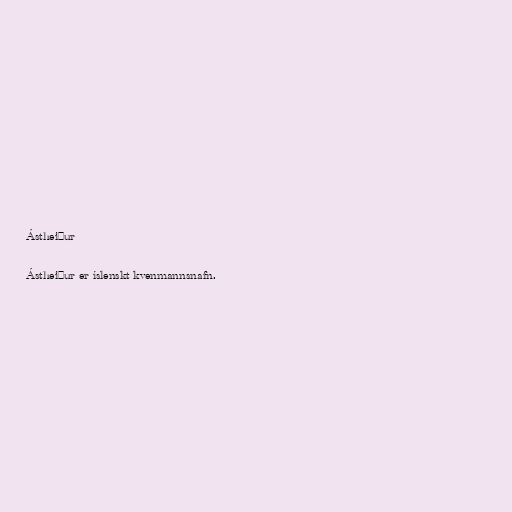
Ástheiður

Ástheiður er íslenskt kvenmannsnafn.